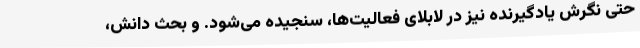
حتی نگرش یادگیرنده نیز در لابلای فعالیت‌ها، سنجیده می‌شود. و بحث دانش،